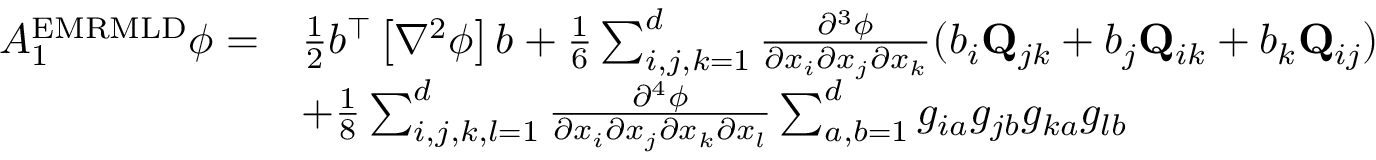
\begin{array} { r l } { A _ { 1 } ^ { \mathrm { E M R M L D } } \phi = } & { \frac { 1 } { 2 } { b } ^ { \top } \left[ \nabla ^ { 2 } \phi \right] { b } + \frac { 1 } { 6 } \sum _ { i , j , k = 1 } ^ { d } \frac { \partial ^ { 3 } \phi } { \partial x _ { i } \partial x _ { j } \partial x _ { k } } ( b _ { i } \mathbf { Q } _ { j k } + b _ { j } \mathbf { Q } _ { i k } + b _ { k } \mathbf { Q } _ { i j } ) } \\ & { + \frac { 1 } { 8 } \sum _ { i , j , k , l = 1 } ^ { d } \frac { \partial ^ { 4 } \phi } { \partial x _ { i } \partial x _ { j } \partial x _ { k } \partial x _ { l } } \sum _ { a , b = 1 } ^ { d } g _ { i a } g _ { j b } g _ { k a } g _ { l b } } \end{array}